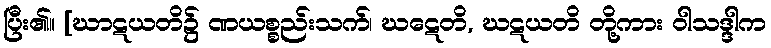
ပြီး၏။ [ဃာဋယတိ၌ ဏယစ္စည်းသက်၊ ဃဋေတိ, ဃဋယတိ တို့ကား ဝါသဒ္ဒါက